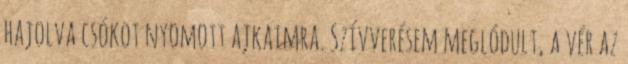
hajolva csókot nyomott ajkaimra. Szívverésem meglódult, a vér az